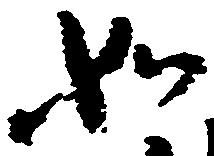
如